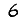
Digit: 6